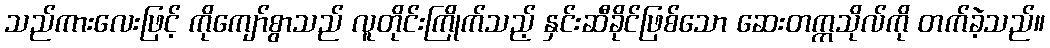
သည်ကားလေးဖြင့် ကိုကျော်စွာသည် လူတိုင်းကြိုက်သည့် နှင်းဆီခိုင်ဖြစ်သော ဆေးတက္ကသိုလ်ကို တက်ခဲ့သည်။